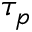
\tau _ { p }